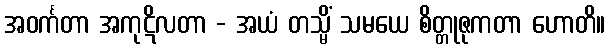
အဝင်္ကတာ အကုဋိလတာ - အယံ တသ္မိံ သမယေ စိတ္တုဇုကတာ ဟောတိ။